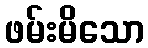
ဖမ်းမိသော